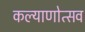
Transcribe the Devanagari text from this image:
कल्‍याणोत्‍सव